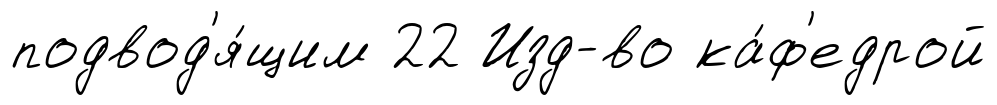
подвод'я́щим 22 Изд-во ка́ф'едрой